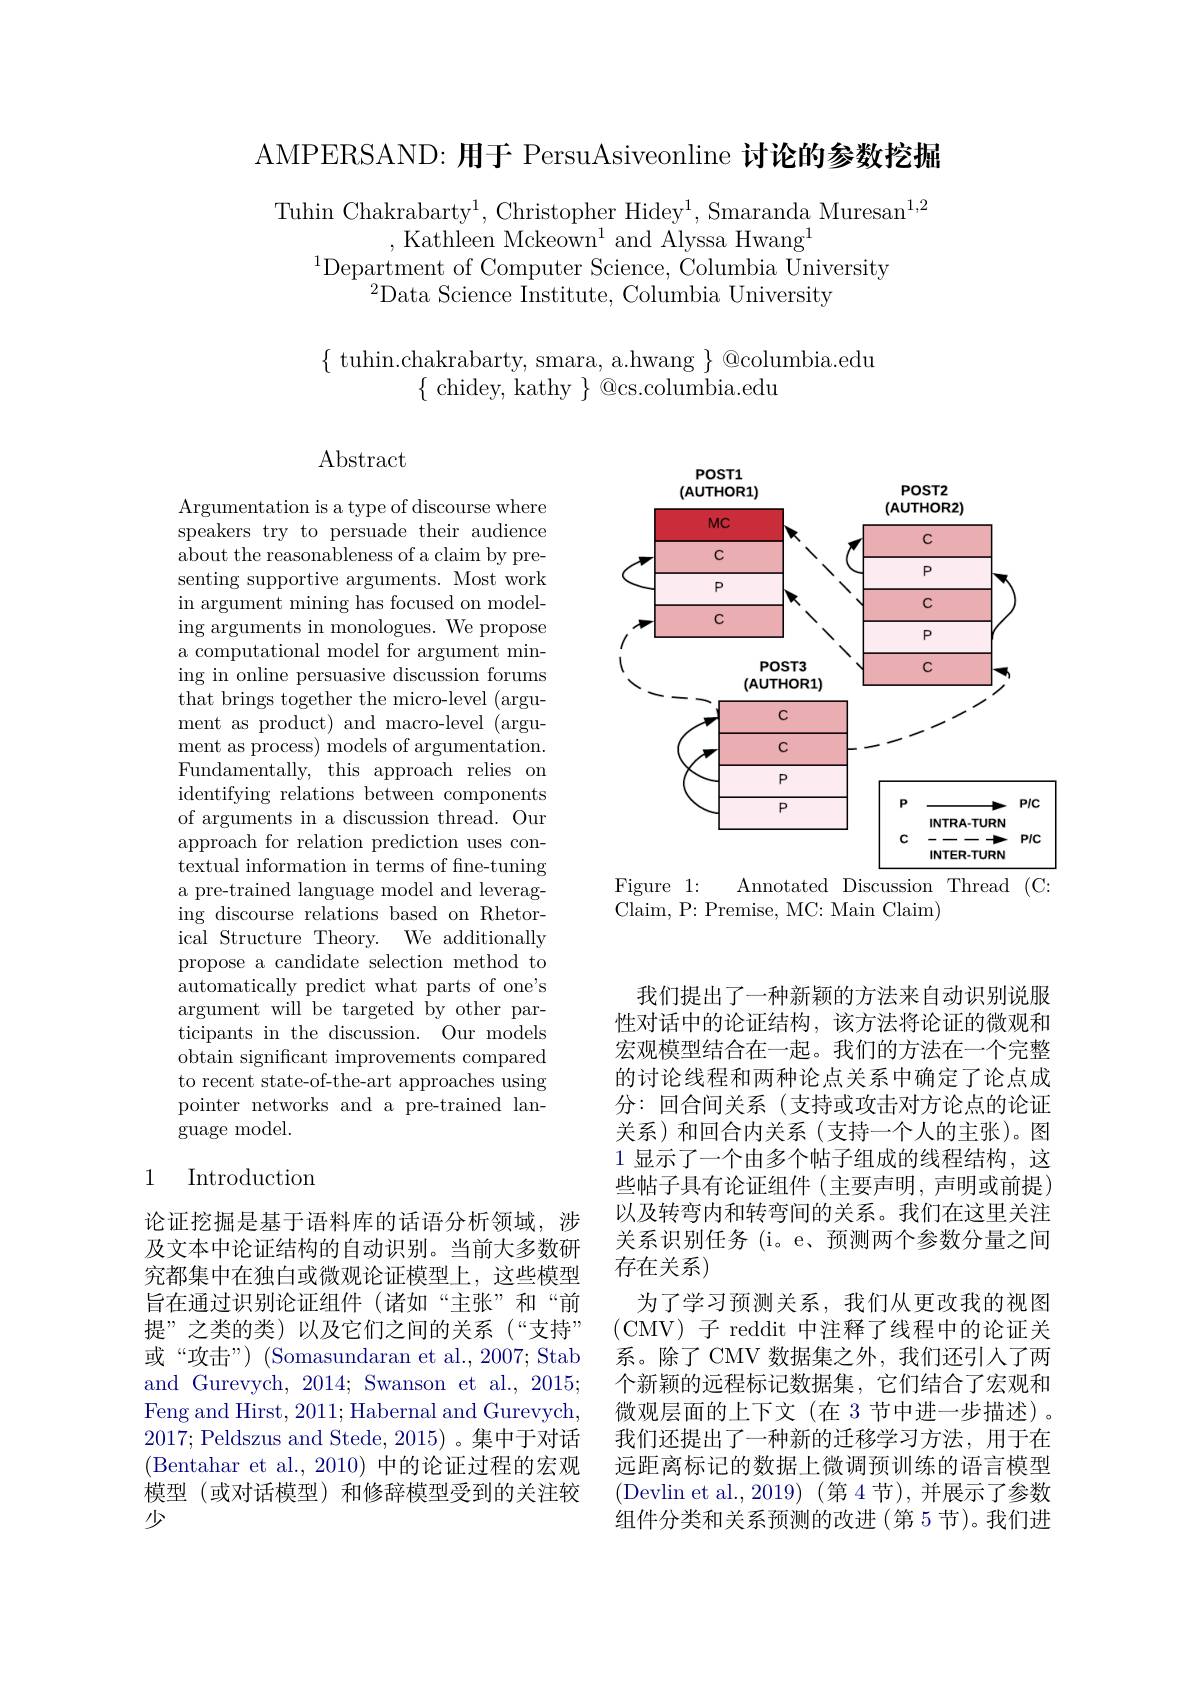
AMPERSAND: 用于 PersuAsiveonline 讨论的参数挖掘

Tuhin Chakrabarty$^1$, Christopher Hidey$^1$, Smaranda Muresan$^1,2$
,Kathleen Mckeown$^1$and Alyssa Hwang$^1$
$^{1}$Department of Computer Science, Columbia University
$^{2}$Data Science Institute, Columbia University

$\{{\mathrm{~tuhin.chakrabarty,~smara,~a.hwang~}}\}{@}$columbia.edu
$\{$ chidey, kathy $\}$ @cs.columbia.edu

$\operatorname{Abstract}$

<FigureHere>
Figure 1:
Annotated Discussion Thread (C:

Argumentation is a type of discourse where speakers try to persuade their audience $\bar{\text{about the reasonableness of a claim by pre-}}$ senting supportive arguments. Most work in argument mining has focused on modeling arguments in monologues. We propose a computational model for argument mining in online persuasive discussion forums that brings together the micro-level (argument as product) and macro-level (argument as process) models of argumentation. Fundamentally, this approach relies on identifying relations between components of arguments in a discussion thread. Our approach for relation prediction uses contextual information in terms of fine-tuning a pre-trained language model and leveraging discourse relations based on Rhetorical Structure Theory. We additionally propose a candidate selection method to automatically predict what parts of one's argument will be targeted by other participants in the discussion. Our models obtain significant improvements compared to recent state-of-the-art approaches using pointer networks and a pre-trained language model.

Claim, P: Premise, MC: Main Claim)

## 1 Introduction

我们提出了一种新颖的方法来自动识别说服性对话中的论证结构，该方法将论证的微观和宏观模型结合在一起。我们的方法在一个完整的讨论线程和两种论点关系中确定了论点成分：回合间关系(支持或攻击对方论点的论证关系)和回合内关系(支持一个人的主张)。图1显示了一个由多个帖子组成的线程结构，这些帖子具有论证组件(主要声明，声明或前提) 以及转弯内和转弯间的关系。我们在这里关注关系识别任务(i。e、预测两个参数分量之间存在关系)
为了学习预测关系，我们从更改我的视图(CMV)子 reddit 中注释了线程中的论证关系。除了 CMV 数据集之外，我们还引入了两个新颖的远程标记数据集，它们结合了宏观和微观层面的上下文(在 3 节中进一步描述)。我们还提出了一种新的迁移学习方法，用于在远距离标记的数据上微调预训练的语言模型(Devlin et al., 2019) (第 4节),并展示了参数组件分类和关系预测的改进(第5节)。我们进

论证挖掘是基于语料库的话语分析领域，涉及文本中论证结构的自动识别。当前大多数研究都集中在独白或微观论证模型上，这些模型旨在通过识别论证组件(诸如“主张”和“前提”之类的类)以及它们之间的关系(“支持” 或“攻击”) (Somasundaran et al., 2007; Stab and Gurevych, 2014; Swanson et al., 2015; Feng and Hirst, 2011; Habernal and Gurevych, 2017; Peldszus and Stede, 2015)。集中于对话(Bentahar et al., 2010) 中的论证过程的宏观模型 (或对话模型) 和修辞模型受到的关注较少